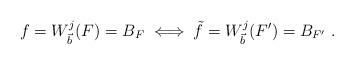
LaTeX: \begin{align*}f=W_{\vec{b}}^{j}(F)=B_{F}\iff\tilde{f}=W_{\vec{b}}^{j}(F^{\prime})=B_{F^{\prime}}\ . \end{align*}